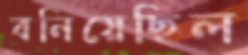
বনিয়েছিল